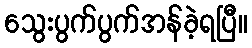
သွေးပွက်ပွက်အန်ခဲ့ရပြီ။